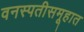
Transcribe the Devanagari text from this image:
वनस्पतीसमूहात